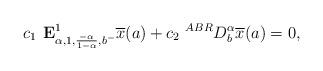
LaTeX: \begin{align*} c_1 \textbf{ E}^1_{\alpha,1, \frac{-\alpha}{1-\alpha},b^-}\overline{x}(a)+ c_2 ~^{ABR}D_b^\alpha \overline{x}(a)=0,\end{align*}